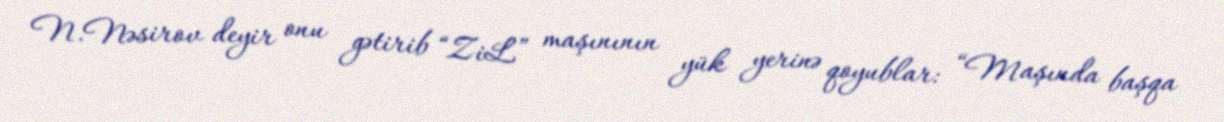
N.Nəsirov deyir onu gətirib “ZiL” maşınının yük yerinə qoyublar: “Maşında başqa